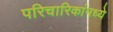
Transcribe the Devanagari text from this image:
परिचारिकांमध्ये